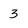
Character: 3